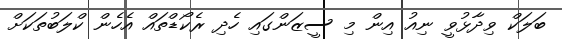
ބަލަކް ވިދާޅުވީ ނިއު އިން މި ސީޒަންގައި ހެދި ރެކޯޑްތައް އެހެން ކްލަބުތަކަށް